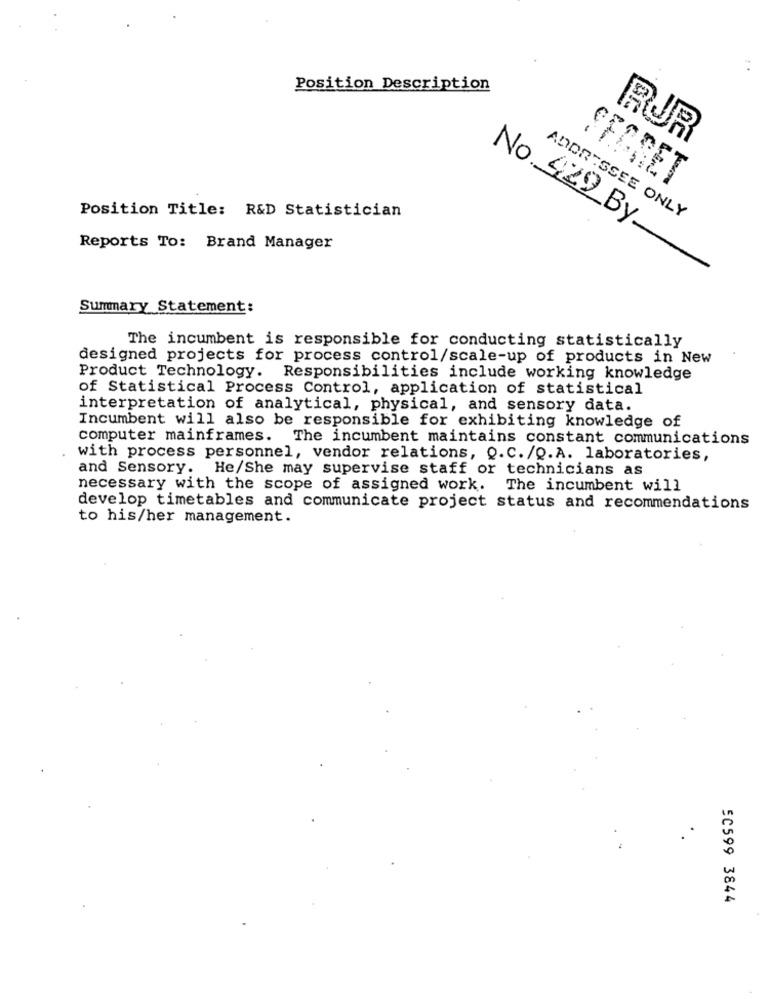
Position Description
RUR
SFARET
Position Title: R&D Statistician
ADDRESSEE ONLY
Reports To: Brand Manager
No 429 By
Summary Statement:
The incumbent is responsible for conducting statistically
designed projects for process control/scale-up of products in New
Product Technology. Responsibilities include working knowledge
of Statistical Process Control, application of statistical
interpretation of analytical, physical, and sensory data.
Incumbent will also be responsible for exhibiting knowledge of
computer mainframes. The incumbent maintains constant communications
with process personnel, vendor relations, Q.C. /Q.A. laboratories,
and Sensory. He/She may supervise staff or technicians as
necessary with the scope of assigned work. The incumbent will
develop timetables and communicate project status and recommendations
to his/her management.
5C599 3844